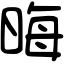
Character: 晦